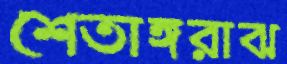
শেতাঙ্গরাঝ